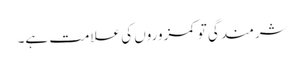
شرمندگی تو کمزوروں کی علامت ہے۔